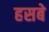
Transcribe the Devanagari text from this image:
हसबे